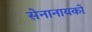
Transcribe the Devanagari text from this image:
सेनानायको